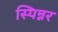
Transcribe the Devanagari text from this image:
स्पिन्नर